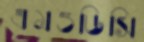
এমওডিসি